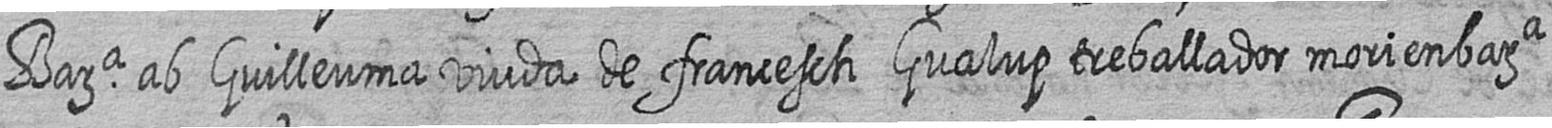
Bara ab Guilleuma viuda de francesch Gualup treballador mori en bara